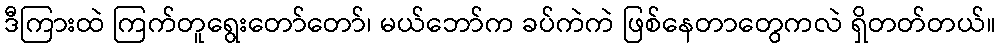
ဒီကြားထဲ ကြက်တူရွေးတော်တော်၊ မယ်ဘော်က ခပ်ကဲကဲ ဖြစ်နေတာတွေကလဲ ရှိတတ်တယ်။